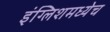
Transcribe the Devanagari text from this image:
इंग्लिशमध्येच